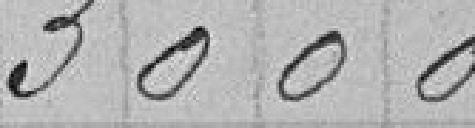
3000